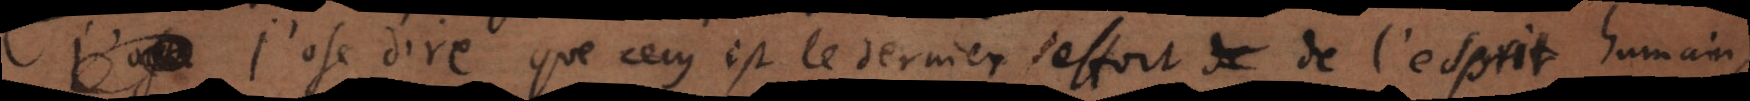
J’ose dire que cecy est le dernier effort de l’esprit hu